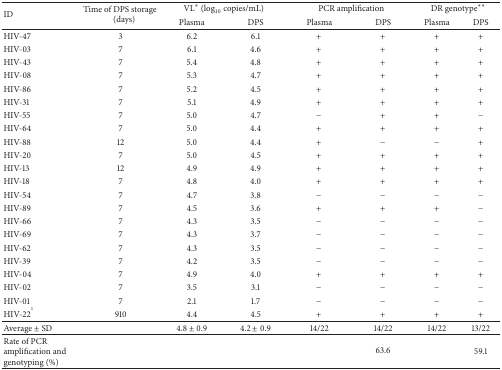
<table><thead><tr><td rowspan="2"><b>ID</b></td><td rowspan="2"><b>Time of DPS storage (days)</b></td><td colspan="2"><b>VL<sup><i>∗</i></sup> (log<sub>10</sub> copies/mL) </b></td><td colspan="2"><b>PCR amplification</b></td><td colspan="2"><b> DR genotype<sup><i>∗∗</i></sup> </b></td></tr><tr><td><b>Plasma </b></td><td><b>DPS</b></td><td><b>Plasma </b></td><td><b>DPS</b></td><td><b>Plasma </b></td><td><b>DPS</b></td></tr></thead><tbody><tr><td>HIV-47</td><td>3</td><td>6.2</td><td>6.1</td><td>+</td><td>+</td><td>+</td><td>+</td></tr><tr><td>HIV-03</td><td>7</td><td>6.1</td><td>4.6</td><td>+</td><td>+</td><td>+</td><td>+</td></tr><tr><td>HIV-43</td><td>7</td><td>5.4</td><td>4.8</td><td>+</td><td>+</td><td>+</td><td>+</td></tr><tr><td>HIV-08</td><td>7</td><td>5.3</td><td>4.7</td><td>+</td><td>+</td><td>+</td><td>+</td></tr><tr><td>HIV-86</td><td>7</td><td>5.2</td><td>4.5</td><td>+</td><td>+</td><td>+</td><td>+</td></tr><tr><td>HIV-31</td><td>7</td><td>5.1</td><td>4.9</td><td>+</td><td>+</td><td>+</td><td>+</td></tr><tr><td>HIV-55</td><td>7</td><td>5.0</td><td>4.7</td><td>−</td><td>+</td><td>+</td><td>−</td></tr><tr><td>HIV-64</td><td>7</td><td>5.0</td><td>4.4</td><td>+</td><td>+</td><td>+</td><td>+</td></tr><tr><td>HIV-88</td><td>12</td><td>5.0</td><td>4.4</td><td>+</td><td>−</td><td>−</td><td>+</td></tr><tr><td>HIV-20</td><td>7</td><td>5.0</td><td>4.5</td><td>+</td><td>+</td><td>+</td><td>+</td></tr><tr><td>HIV-13</td><td>12</td><td>4.9</td><td>4.9</td><td>+</td><td>+</td><td>+</td><td>+</td></tr><tr><td>HIV-18</td><td>7</td><td>4.8</td><td>4.0</td><td>+</td><td>+</td><td>+</td><td>+</td></tr><tr><td>HIV-54</td><td>7</td><td>4.7</td><td>3.8</td><td>−</td><td>−</td><td>−</td><td>−</td></tr><tr><td>HIV-89</td><td>7</td><td>4.5</td><td>3.6</td><td>+</td><td>+</td><td>+</td><td>−</td></tr><tr><td>HIV-66</td><td>7</td><td>4.3</td><td>3.5</td><td>−</td><td>−</td><td>−</td><td>−</td></tr><tr><td>HIV-69</td><td>7</td><td>4.3</td><td>3.7</td><td>−</td><td>−</td><td>−</td><td>−</td></tr><tr><td>HIV-62</td><td>7</td><td>4.3</td><td>3.5</td><td>−</td><td>−</td><td>−</td><td>−</td></tr><tr><td>HIV-39</td><td>7</td><td>4.2</td><td>3.5</td><td>−</td><td>−</td><td>−</td><td>−</td></tr><tr><td>HIV-04</td><td>7</td><td>4.9</td><td>4.0</td><td>+</td><td>+</td><td>+</td><td>+</td></tr><tr><td>HIV-02</td><td>7</td><td>3.5</td><td>3.1</td><td>−</td><td>−</td><td>−</td><td>−</td></tr><tr><td>HIV-01</td><td>7</td><td>2.1</td><td>1.7</td><td>−</td><td>−</td><td>−</td><td>−</td></tr><tr><td>HIV-22<sup>1</sup></td><td>910</td><td>4.4</td><td>4.5</td><td>+</td><td>+</td><td>+</td><td>+</td></tr><tr><td>Average ± SD</td><td> </td><td>4.8 ± 0.9</td><td>4.2 ± 0.9</td><td>14/22</td><td>14/22</td><td>14/22</td><td>13/22</td></tr><tr><td>Rate of PCR amplification and genotyping (%)</td><td> </td><td> </td><td> </td><td colspan="3">63.6</td><td>59.1</td></tr></tbody></table>